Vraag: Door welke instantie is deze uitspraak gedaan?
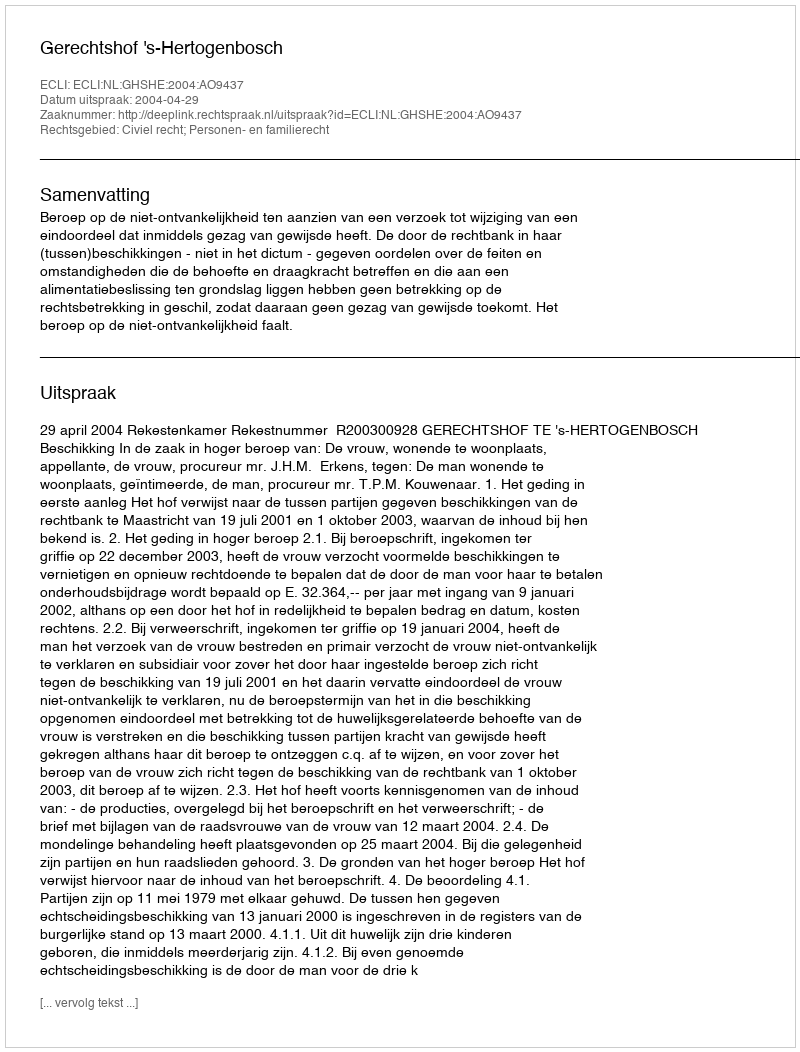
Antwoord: Gerechtshof 's-Hertogenbosch